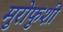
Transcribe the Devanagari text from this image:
मुरोफुशी